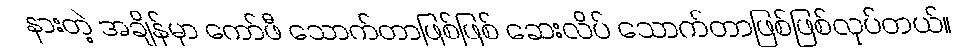
နားတဲ့ အချိန်မှာ ကော်ဖီ သောက်တာဖြစ်ဖြစ် ဆေးလိပ် သောက်တာဖြစ်ဖြစ်လုပ်တယ်။